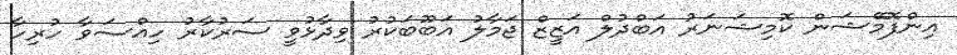
އިންފޮމޭޝަން ކޮމިޝަނަރު އަބްދުލް އަޒީޒް ޖަމާލު އަބޫބަކުރު ވިދާޅުވީ ސަރުކާރު ހިއްސަވާ ހުރިހާ